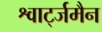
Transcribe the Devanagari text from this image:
श्वार्ट्जमैन